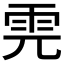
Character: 𩂁